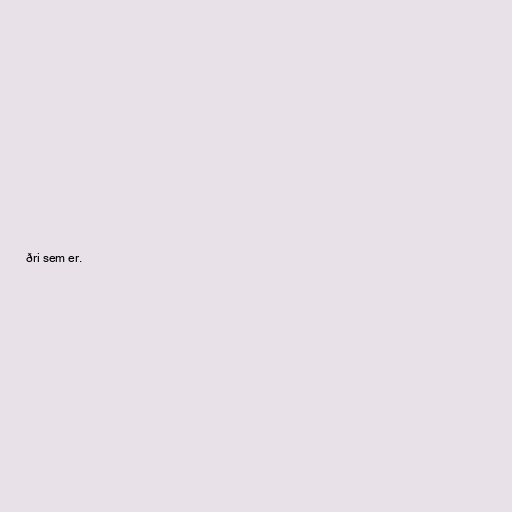
ðri sem er.